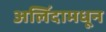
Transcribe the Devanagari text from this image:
अलिंदामधून